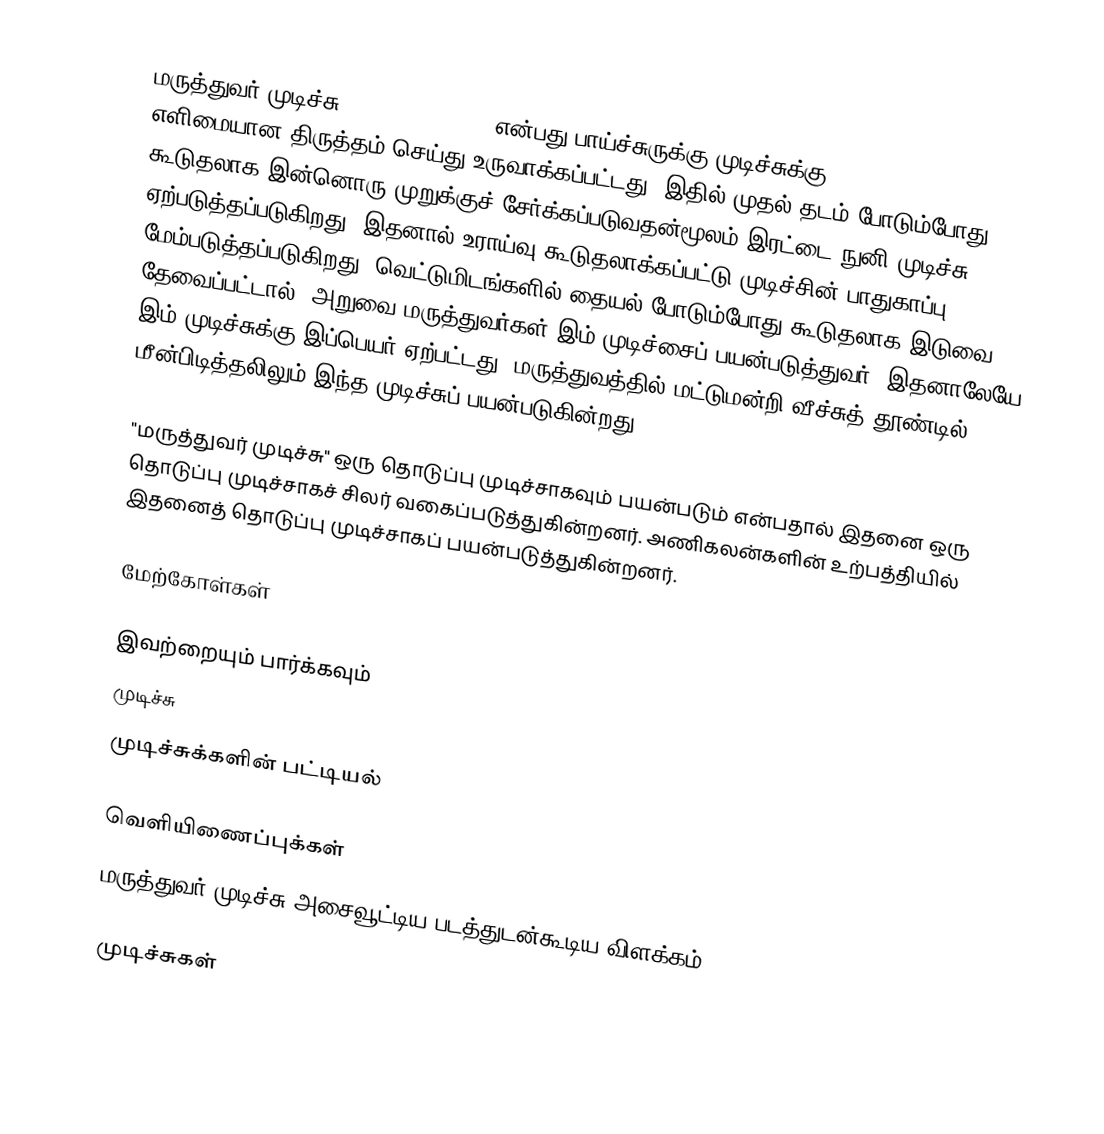
மருத்துவர் முடிச்சு (Surgeon's knot) என்பது பாய்ச்சுருக்கு முடிச்சுக்கு (reef knot) எளிமையான திருத்தம் செய்து உருவாக்கப்பட்டது. இதில் முதல் தடம் போடும்போது கூடுதலாக இன்னொரு முறுக்குச் சேர்க்கப்படுவதன்மூலம் இரட்டை நுனி முடிச்சு ஏற்படுத்தப்படுகிறது. இதனால் உராய்வு கூடுதலாக்கப்பட்டு முடிச்சின் பாதுகாப்பு மேம்படுத்தப்படுகிறது. வெட்டுமிடங்களில் தையல் போடும்போது கூடுதலாக இடுவை தேவைப்பட்டால், அறுவை மருத்துவர்கள் இம் முடிச்சைப் பயன்படுத்துவர். இதனாலேயே இம் முடிச்சுக்கு இப்பெயர் ஏற்பட்டது. மருத்துவத்தில் மட்டுமன்றி வீச்சுத் தூண்டில் மீன்பிடித்தலிலும் இந்த முடிச்சுப் பயன்படுகின்றது.

"மருத்துவர் முடிச்சு" ஒரு தொடுப்பு முடிச்சாகவும் பயன்படும் என்பதால் இதனை ஒரு தொடுப்பு முடிச்சாகச் சிலர் வகைப்படுத்துகின்றனர். அணிகலன்களின் உற்பத்தியில் இதனைத் தொடுப்பு முடிச்சாகப் பயன்படுத்துகின்றனர்.

மேற்கோள்கள்

இவற்றையும் பார்க்கவும்
 முடிச்சு
 முடிச்சுக்களின் பட்டியல்

வெளியிணைப்புக்கள்
 மருத்துவர் முடிச்சு அசைவூட்டிய படத்துடன்கூடிய விளக்கம்

முடிச்சுகள்